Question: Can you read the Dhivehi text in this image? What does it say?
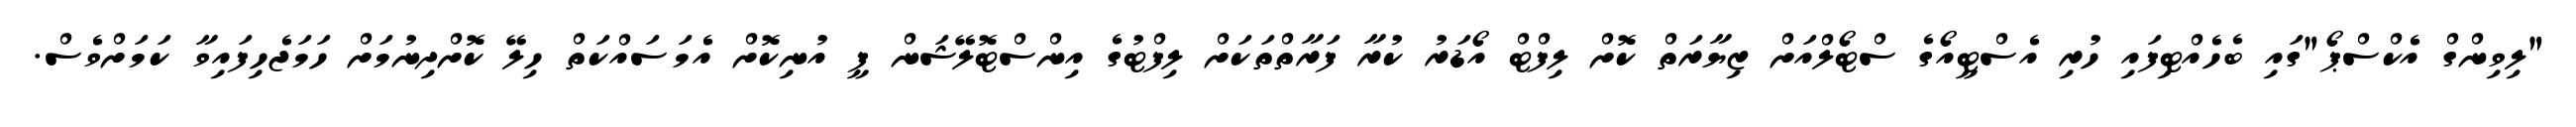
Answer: "ލިވިންގް އެކްސްޕޯ"ގައި ބެހެއްޓިފައި ހުރި އެސްޓީއޯގެ ސްޓޯލްއަށް ޒިޔާރަތް ކޮށް ލިފްޓް އޯޑަރު ކުރާ ފަރާތްތަކަށް ލިފްޓުގެ އިންސްޓޮލޭޝަން ފީ އުނިކޮށް އެމަސައްކަތް ހިލޭ ކޮށްދިނުމަށް ހަމަޖެހިފައިވާ ކަމަށްވެސް.